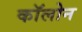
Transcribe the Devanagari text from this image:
काॅलोन